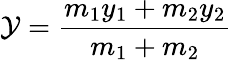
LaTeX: \mathcal{Y}={\frac{{m_{1}y_{1}+m_{2}y_{2}}}{{m_{1}+m_{2}}}}